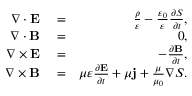
\begin{array} { r l r } { \nabla \cdot \mathbf { E } } & { { } = } & { \frac { \rho } { \varepsilon } - \frac { \varepsilon _ { 0 } } { \varepsilon } \frac { \partial S } { \partial t } , } \\ { \nabla \cdot \mathbf { B } } & { { } = } & { 0 , } \\ { \nabla \times \mathbf { E } } & { { } = } & { - \frac { \partial \mathbf { B } } { \partial t } , } \\ { \nabla \times \mathbf { B } } & { { } = } & { \mu \varepsilon \frac { \partial \mathbf { E } } { \partial t } + \mu \mathbf { j } + \frac { \mu } { \mu _ { 0 } } \nabla S . } \end{array}